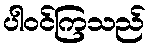
ပါဝင်ကြသည်